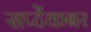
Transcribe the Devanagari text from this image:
सप्टेंकबर